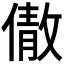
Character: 𬿣